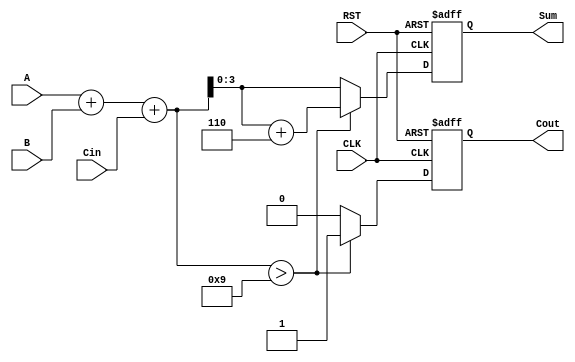
module BCD_Synchronous_Adder (
    input  wire [3:0] A,       // First BCD digit
    input  wire [3:0] B,       // Second BCD digit
    input  wire Cin,           // Carry input
    input  wire CLK,           // Clock signal
    input  wire RST,           // Reset signal
    output reg  [3:0] Sum,     // BCD Sum output
    output reg  Cout           // Carry output
);

    // Internal signals
    reg [4:0] binary_sum;      // 5-bit to hold the binary sum (A + B + Cin)

    // Synchronous process
    always @(posedge CLK or posedge RST) begin
        if (RST) begin
            Sum <= 4'b0000;      // Reset Sum to 0
            Cout <= 1'b0;       // Reset Cout to 0
        end else begin
            // Calculate the binary sum
            binary_sum = A + B + Cin;

            // Check if correction is needed
            if (binary_sum > 5'd9) begin
                Sum <= binary_sum + 5'd6; // Add 6 for BCD correction
                Cout <= 1'b1;              // Set carry out
            end else begin
                Sum <= binary_sum[3:0];    // No correction needed
                Cout <= 1'b0;               // No carry out
            end
        end
    end

endmodule